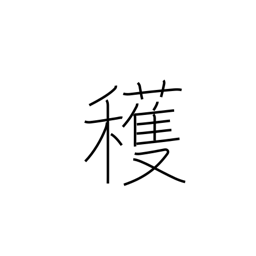
Meaning: reap